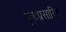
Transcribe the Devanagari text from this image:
पुनःप्रसारित